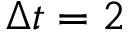
\Delta t = 2